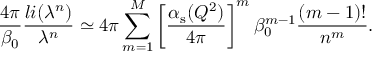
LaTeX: \frac { 4 \pi } { \beta _ { 0 } } \frac { l i ( \lambda ^ { n } ) } { \lambda ^ { n } } \simeq 4 \pi \sum _ { m = 1 } ^ { M } \left[ \frac { \alpha _ { \mathrm { s } } ( Q ^ { 2 } ) } { 4 \pi } \right] ^ { m } \beta _ { 0 } ^ { m - 1 } \frac { ( m - 1 ) ! } { n ^ { m } } .